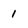
Character: 1